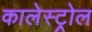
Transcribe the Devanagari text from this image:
कालेस्ट्रोल